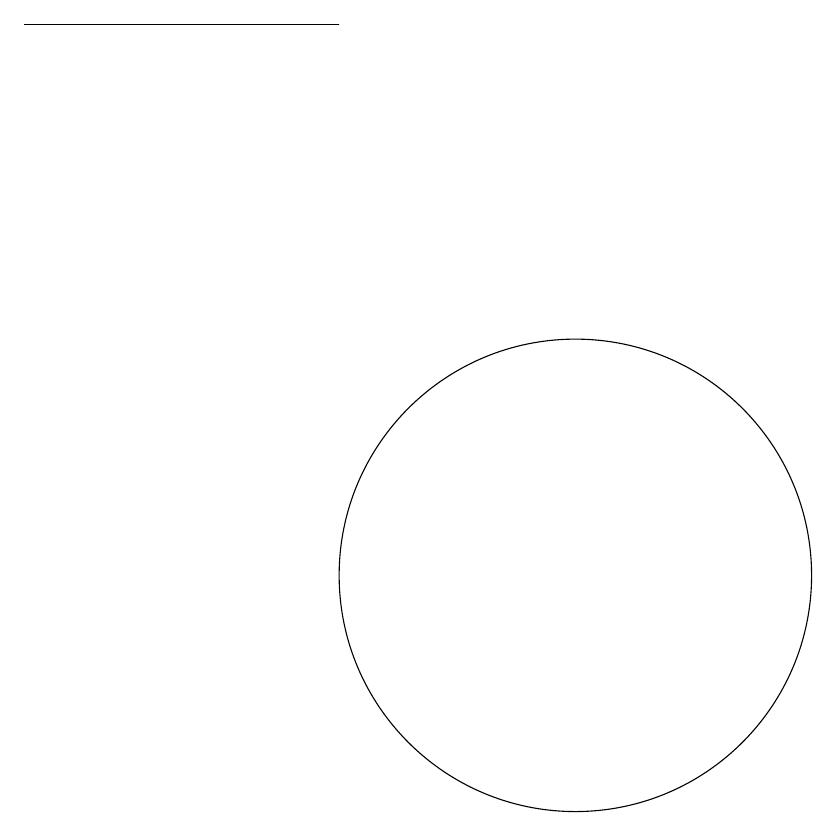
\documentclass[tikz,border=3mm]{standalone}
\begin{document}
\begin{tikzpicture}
\draw (10,11) circle (0);
\draw (10,12) circle (3);
\draw (7,19) rectangle (3,19);
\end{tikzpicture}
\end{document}